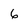
Character: 6